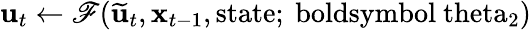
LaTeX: \mathbf{u}_{t}\gets\mathscr{F}(\widetilde{\mathbf{u}}_{t},\mathbf{x}_{t-1},\mathrm{{state};\ boldsymbol{\ theta}_{2})}